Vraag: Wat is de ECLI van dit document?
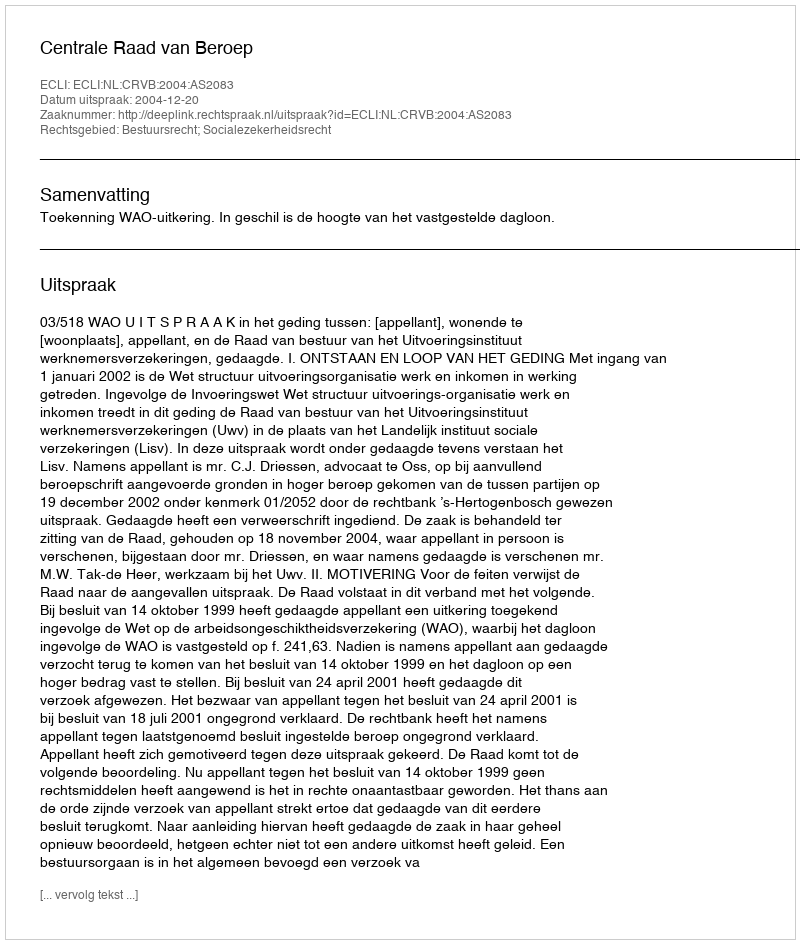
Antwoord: ECLI:NL:CRVB:2004:AS2083